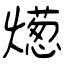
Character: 燪